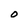
Character: o